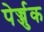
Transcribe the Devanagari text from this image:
पेर्ज्जुक